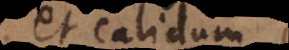
et calidum.